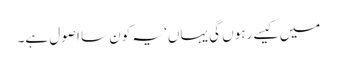
میں کیسے رہوں گی یہاں‘ یہ کون سا اصول ہے۔